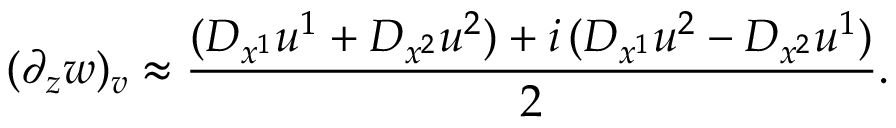
( \partial _ { z } w ) _ { v } \approx \frac { ( D _ { x ^ { 1 } } u ^ { 1 } + D _ { x ^ { 2 } } u ^ { 2 } ) + i \, ( D _ { x ^ { 1 } } u ^ { 2 } - D _ { x ^ { 2 } } u ^ { 1 } ) } { 2 } .